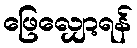
ဖြေလျှော့ရန်